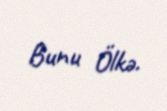
Bunu Ölkə.